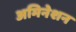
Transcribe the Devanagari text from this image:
अमिनेशन